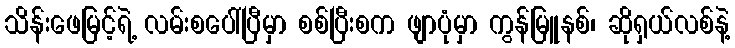
သိန်းဖေမြင့်ရဲ့ လမ်းစပေါ်ပြီမှာ စစ်ပြီးစက ဖျာပုံမှာ ကွန်မြူနစ်၊ ဆိုရှယ်လစ်နဲ့